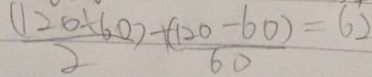
\frac { ( 1 2 0 \div 6 0 ) } { 2 } + \frac { ( 1 2 0 - 6 0 ) } { 6 0 } = 6 2